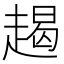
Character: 𧼨